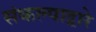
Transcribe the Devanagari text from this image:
संकल्पाद्वारे